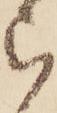
ら